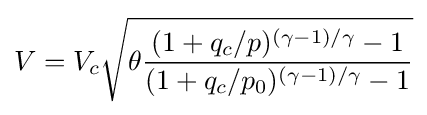
V=V_{c}{\sqrt {\theta {\frac {(1+q_{c}/p)^{(\gamma -1)/\gamma }-1}{(1+q_{c}/p_{0})^{(\gamma -1)/\gamma }-1}}}}